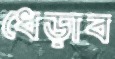
ধেড়াব